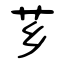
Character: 芗